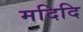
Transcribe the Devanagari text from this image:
मदिदि